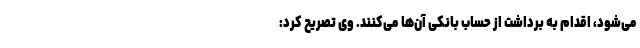
می‌شود، اقدام به برداشت از حساب بانکی آن‌ها می‌کنند. وی تصریح کرد: